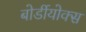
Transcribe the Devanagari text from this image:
बोर्डीयोक्स